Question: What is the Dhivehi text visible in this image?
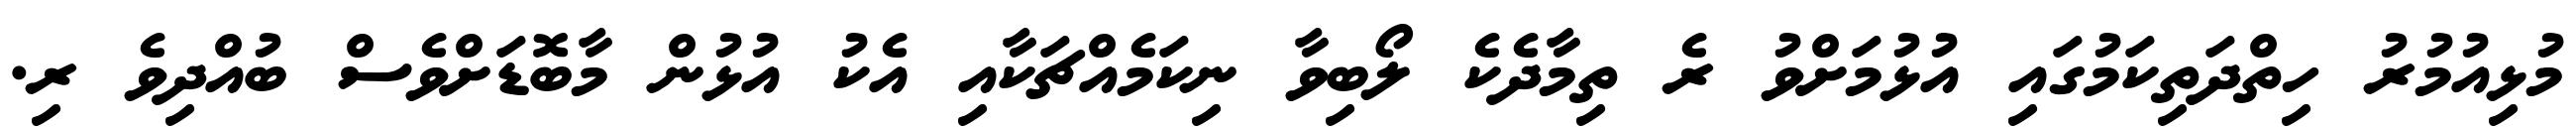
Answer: މުޅިއުމުރު ހިތްދަތިކަމުގައި އުޅުމަށްވު ރެ ތިމާދެކެ ލޯބިވާ ނިކަމެއްޗަކާއި އެކު އުޅުން މާބޮޑަށްވެސް ބުއްދިވެ ރި.